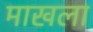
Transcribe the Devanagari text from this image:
माखला